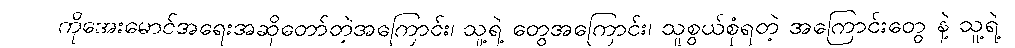
ကိုအေးမောင်အရေးအဆိုတော်တဲ့အကြောင်း၊ သူ့ရဲ့ တွေအကြောင်း၊ သူစွယ်စုံရတဲ့ အကြောင်းတွေ နဲ့ သူ့ရဲ့